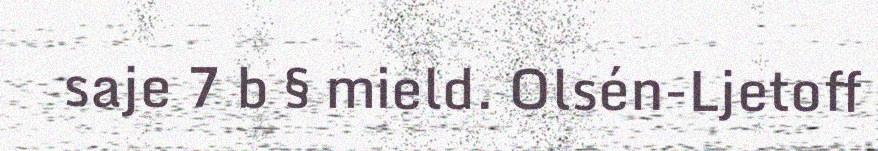
saje 7 b § mield. Olsén-Ljetoff